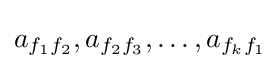
a_{f_{1}f_{2}},a_{f_{2}f_{3}},\dots ,a_{f_{k}f_{1}}